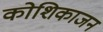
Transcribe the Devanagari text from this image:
कोशिकाजन